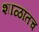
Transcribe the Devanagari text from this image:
शाळांतच